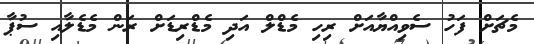
މެޗަށް ފަހު ސެވިއްޔާއަށް ރިހި މެޑްލް އަދި މެޑްރިޑަށް ރަން މެޑެލާއި ސުޕާ